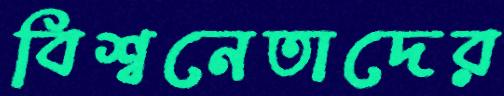
বিশ্বনেতাদের